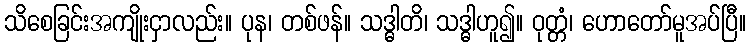
သိစေခြင်းအကျိုးငှာလည်း။ ပုန၊ တစ်ဖန်။ သဒ္ဓါတိ၊ သဒ္ဓါဟူ၍။ ဝုတ္တံ၊ ဟောတော်မူအပ်ပြီ။